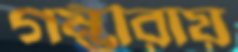
গম্ভীরায়